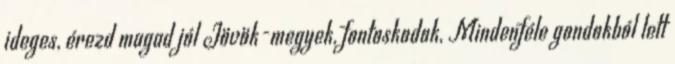
ideges, érezd magad jól Jövök-megyek, fontoskodok, Mindenféle gondokból lett